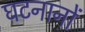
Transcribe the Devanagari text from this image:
घटनानों